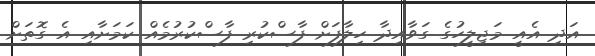
އަދި އެއީ މަޖިލީހުގެ ގަވާއިދާ ހިލާފަށް ފާސްކުރި ފާސްކުރުމެއް ކަމަށާއި އެ ގޮތަށް